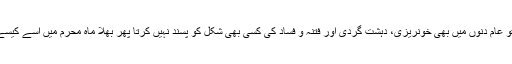
حقیقت یہ کہ اسلام تو عام دنوں میں بھی خونریزی، دہشت گردی اور فتنہ و فساد کی کسی بھی شکل کو پسند نہیں کرتا پھر بھلا ماہِ محرم میں اسے کیسے پسند کرسکتا ہے؟